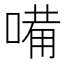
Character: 𠻋